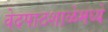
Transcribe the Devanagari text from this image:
वेदपाठशाळेमध्ये